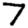
Digit: 7